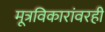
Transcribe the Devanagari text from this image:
मूत्रविकारांवरही